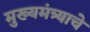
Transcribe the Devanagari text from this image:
मुख्यमंत्र्याचे